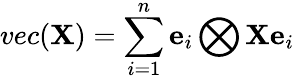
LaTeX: vec(\mathbf{X})=\sum_{\textit{i}=1}^{\textit{n}}\mathbf{e}_{\textit{i}}\bigotimes\mathbf{X}\mathbf{e}_{\textit{i}}